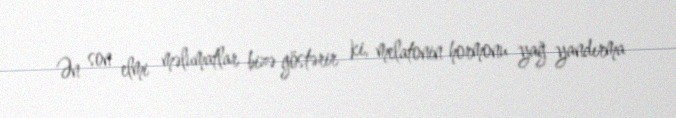
Ən son elmi məlumatlar bizə göstərir ki, melatonin hormonu yağ yandırma